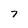
Character: 7